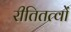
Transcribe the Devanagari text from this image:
रीतितत्वों